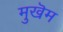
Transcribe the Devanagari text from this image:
मुखॆम